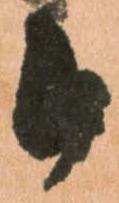
被